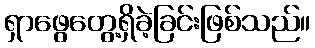
ရှာဖွေတွေ့ရှိခဲ့ခြင်းဖြစ်သည်။